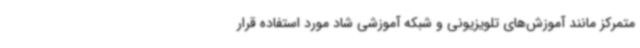
متمرکز مانند آموزش‌های تلویزیونی و شبکه آموزشی شاد مورد استفاده قرار